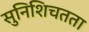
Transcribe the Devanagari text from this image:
सुनिशिचतता